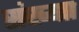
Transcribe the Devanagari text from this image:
संख्याा